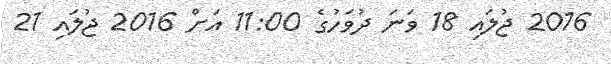
2016 ޖުލައި 18 ވަނަ ދުވަހުގެ 11:00 އަށް 2016 ޖުލައި 21